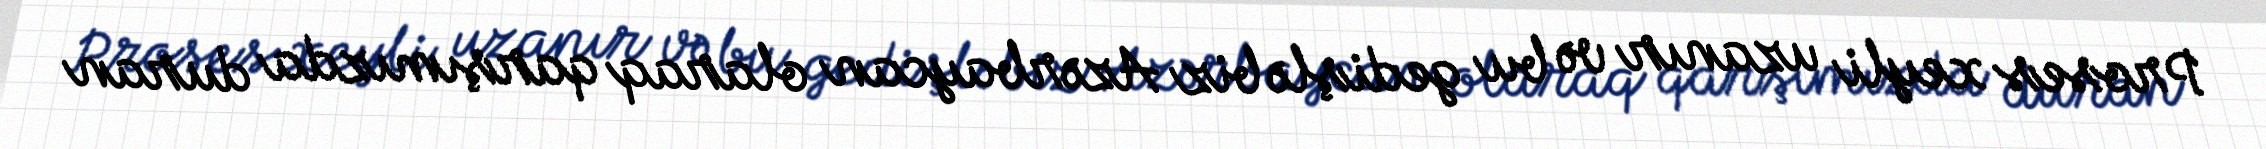
Proses xeyli uzanır və bu gedişlə biz Azərbaycan olaraq qarşımızda duran